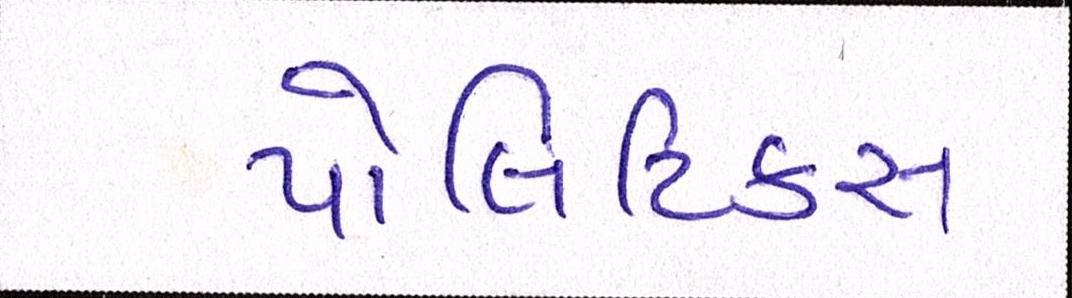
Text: પોલિટિકસ